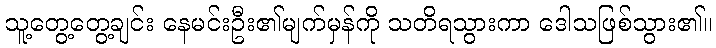
သူ့တွေ့တွေ့ချင်း နေမင်းဦး၏မျက်မှန်ကို သတိရသွားကာ ဒေါသဖြစ်သွား၏။